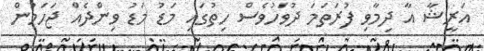
އަރީޝާ އާ ދިމާވި ފުރަތަމަ ދުވަހުވެސް ހިތުގައި މަޑު މަޑު ވިންދެއް ޖަހަމުން